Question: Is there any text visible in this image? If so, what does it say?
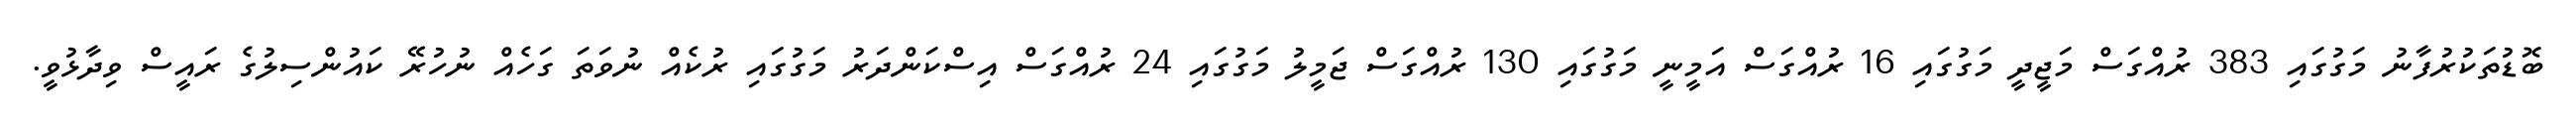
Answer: ބޮޑުތަކުރުފާނު މަގުގައި 383 ރުއްގަސް މަޖީދީ މަގުގައި 16 ރުއްގަސް އަމީނީ މަގުގައި 130 ރުއްގަސް ޖަމީލު މަގުގައި 24 ރުއްގަސް އިސްކަންދަރު މަގުގައި ރުކެއް ނުވަތަ ގަހެއް ނުހުރޭ ކައުންސިލުގެ ރައީސް ވިދާޅުވީ.